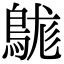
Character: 𪁒